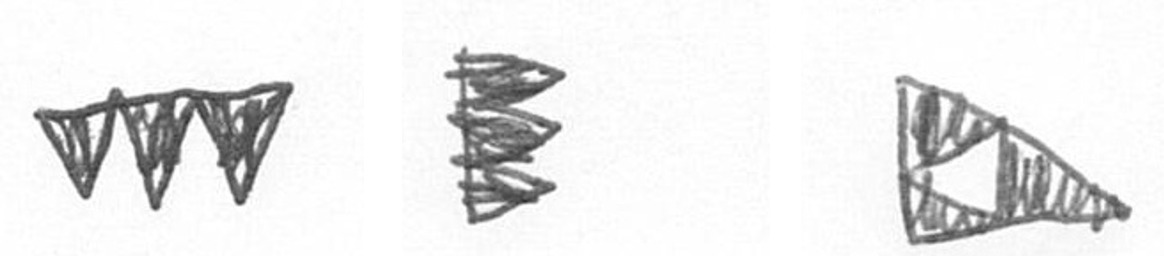
L H K